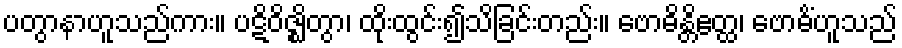
ပတွာနာဟူသည်ကား။ ပဋိဝိဇ္ဈိတွာ၊ ထိုးထွင်း၍သိခြင်းတည်း။ ဗောဓိန္တိဧတ္ထ၊ ဗောဓိံဟူသည်